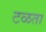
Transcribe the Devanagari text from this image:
टळता